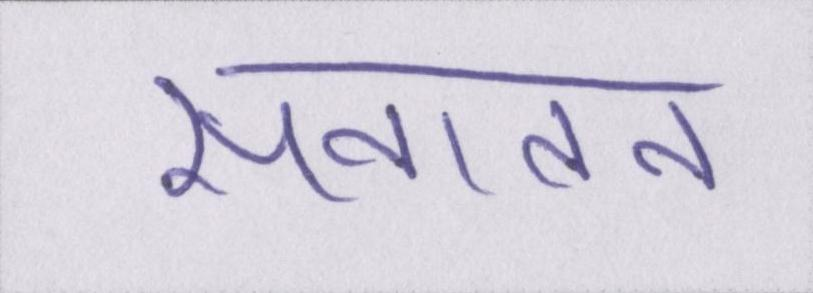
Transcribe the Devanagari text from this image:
सनातन